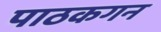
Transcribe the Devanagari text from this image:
पाठकगन